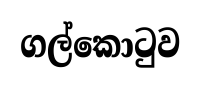
ගල්කොටුව